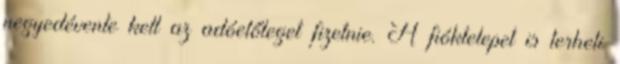
negyedévente kell az adóelőleget fizetnie. A fióktelepet is terheli